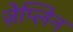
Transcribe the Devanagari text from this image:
ज़ेप्लिन